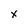
Character: x